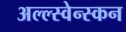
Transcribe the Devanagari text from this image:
अल्ल्स्वेन्स्कन